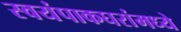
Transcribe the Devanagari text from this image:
स्वयंपाकघरांमध्ये